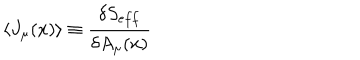
LaTeX: \langle J _ { \mu } ( x ) \rangle \equiv \frac { \delta S _ { e f f } } { \delta A _ { \mu } ( x ) }